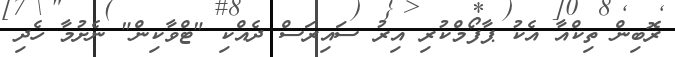
ރޮބިން ތިކްއާ އެކު ޕާފޯމްކުރި އިރު ސައިރަސް ދެއްކި "ޓްވާކިން" ނެށުމާ ހެދި